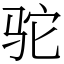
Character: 驼